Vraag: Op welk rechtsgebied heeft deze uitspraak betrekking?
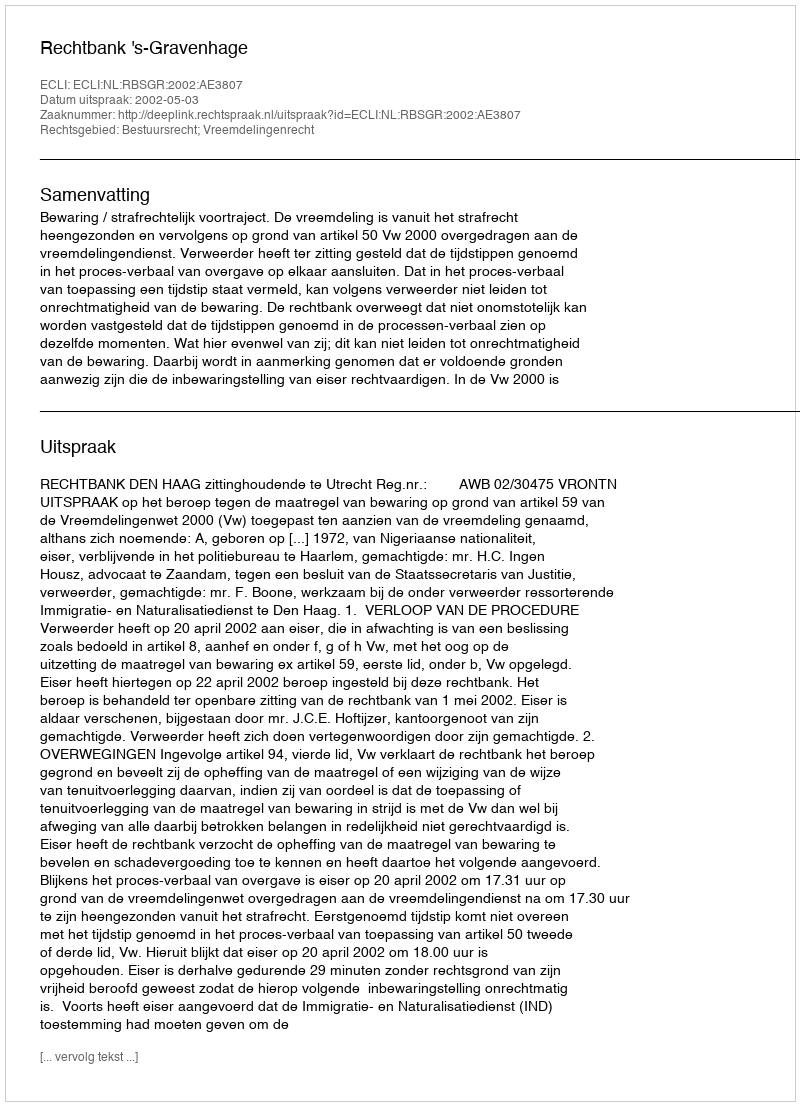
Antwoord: Bestuursrecht; Vreemdelingenrecht